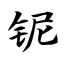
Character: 铌